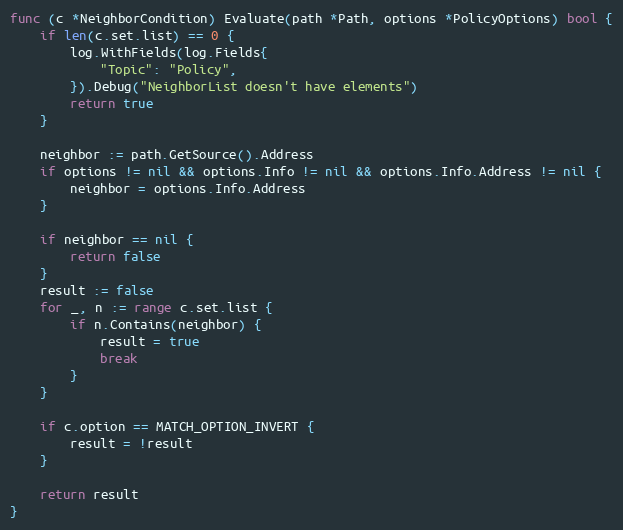
Language: Go
func (c *NeighborCondition) Evaluate(path *Path, options *PolicyOptions) bool {
	if len(c.set.list) == 0 {
		log.WithFields(log.Fields{
			"Topic": "Policy",
		}).Debug("NeighborList doesn't have elements")
		return true
	}

	neighbor := path.GetSource().Address
	if options != nil && options.Info != nil && options.Info.Address != nil {
		neighbor = options.Info.Address
	}

	if neighbor == nil {
		return false
	}
	result := false
	for _, n := range c.set.list {
		if n.Contains(neighbor) {
			result = true
			break
		}
	}

	if c.option == MATCH_OPTION_INVERT {
		result = !result
	}

	return result
}